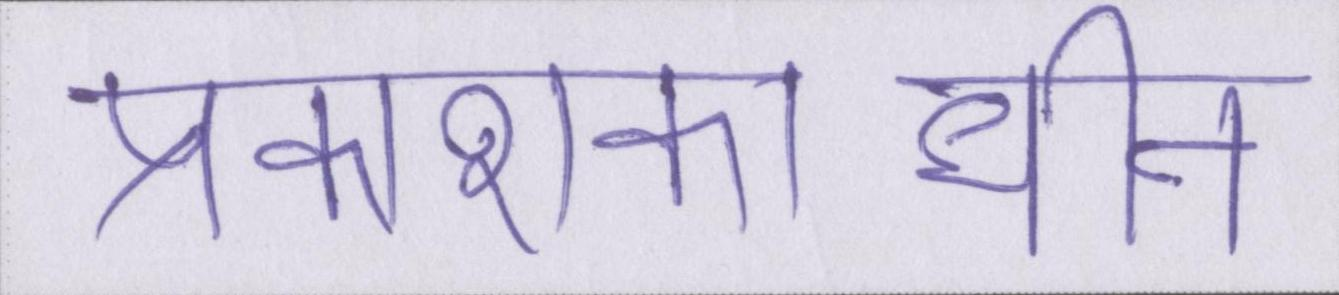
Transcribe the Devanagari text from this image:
प्रकाशकाधीन